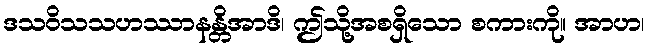
ဒသဝိသသဟဿာနန္တိအာဒိ၊ ဤသို့အစရှိသော စကားကို။ အာဟ၊